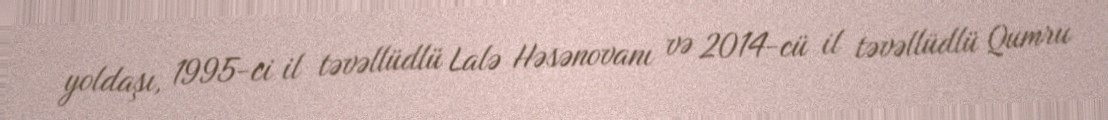
yoldaşı, 1995-ci il təvəllüdlü Lalə Həsənovanı və 2014-cü il təvəllüdlü Qumru